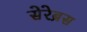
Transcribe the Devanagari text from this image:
सेरेब्रस